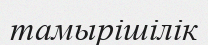
тамырішілік